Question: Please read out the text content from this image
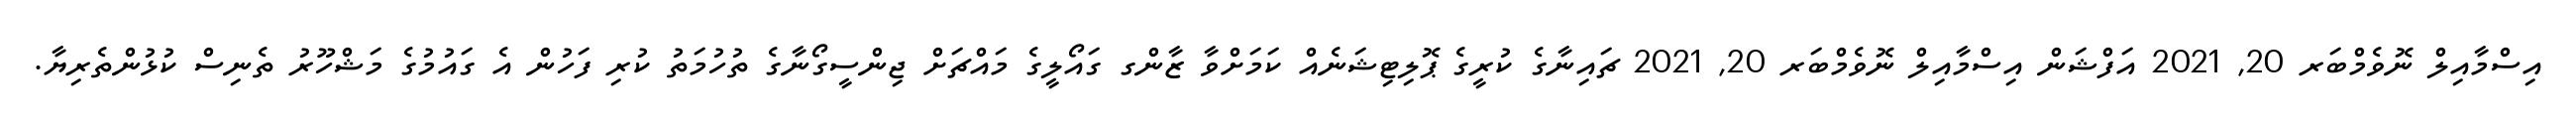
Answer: އިސްމާއިލް ނޮވެމްބަރ 20, 2021 އަފްޝަން އިސްމާއިލް ނޮވެމްބަރ 20, 2021 ޗައިނާގެ ކުރީގެ ޕޮލިޓިޝަނެއް ކަމަށްވާ ޒާންގ ގައޯލީގެ މައްޗަށް ޖިންސީގޯނާގެ ތުހުމަތު ކުރި ފަހުން އެ ގައުމުގެ މަޝްހޫރު ތެނިސް ކުޅުންތެރިޔާ.